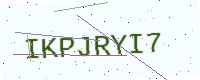
Text: IKPJRYI7